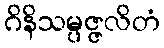
ဂိနိသမ္ပဇ္ဇလိတံ